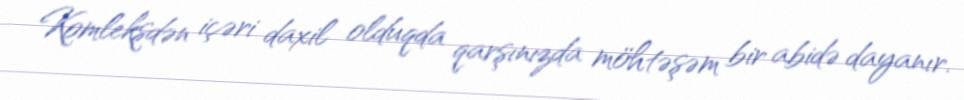
Komleksdən içəri daxil olduqda qarşınızda möhtəşəm bir abidə dayanır.